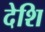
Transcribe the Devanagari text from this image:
देशि